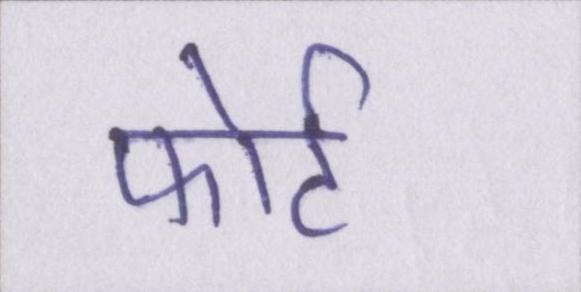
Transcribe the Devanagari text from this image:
फोर्ट